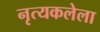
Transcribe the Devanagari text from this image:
नृत्यकलेला